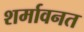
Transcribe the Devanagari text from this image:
शर्मावनत